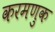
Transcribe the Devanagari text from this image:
करमणुक